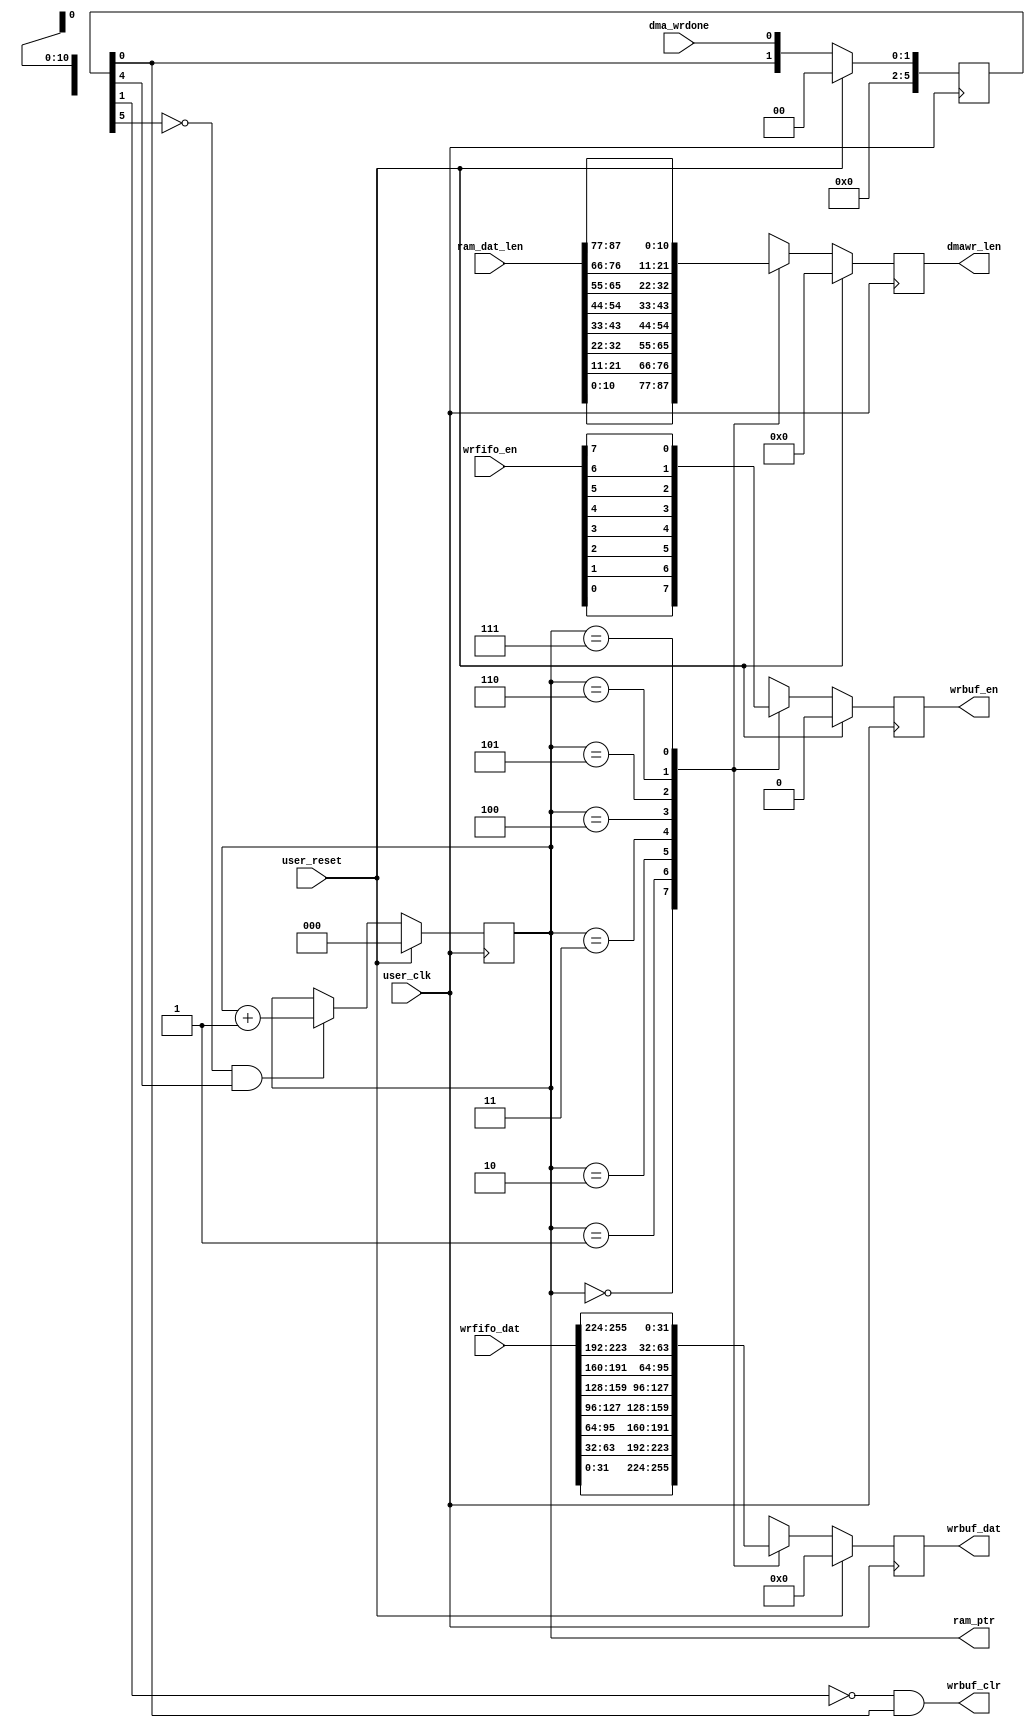
`timescale 1ns / 1ps

module sel_dat(
				input				    user_clk,
				input				    user_reset,
                
                input                   dma_wrdone,
                output reg [10:0]       dmawr_len,
                input [87:0]			ram_dat_len,
                
                input [255:0]           wrfifo_dat,
                input [7:0]             wrfifo_en,
                
                output                  wrbuf_clr,
                output reg              wrbuf_en,
                output reg[31:0]        wrbuf_dat,
                
                output  reg [2:0]       ram_ptr
                );


reg [5:0]       dma_wrdone_r;
wire            dma_wrdone_p;

always  @(posedge user_clk) begin
    if( user_reset == 1'b1 )
        dma_wrdone_r    <= 2'b0;
    else
        dma_wrdone_r    <= {dma_wrdone_r[0],dma_wrdone};
end

assign  wrbuf_clr    = ~dma_wrdone_r[1] & dma_wrdone_r[0];

assign  dma_wrdone_p = ~dma_wrdone_r[5] & dma_wrdone_r[4];

always  @(posedge user_clk) begin
    if( user_reset == 1'b1 )
        ram_ptr         <= 3'd0;
    else if( dma_wrdone_p == 1'b1 )    
        ram_ptr         <= ram_ptr + 1'b1;
    else
        ram_ptr         <= ram_ptr;
end 

always  @(posedge user_clk) begin
    if( user_reset == 1'b1 ) 
        wrbuf_en                <= 1'b0;
    else begin
        case( ram_ptr )
            3'd0 : wrbuf_en     <= wrfifo_en[0];
            3'd1 : wrbuf_en     <= wrfifo_en[1];
            3'd2 : wrbuf_en     <= wrfifo_en[2];
            3'd3 : wrbuf_en     <= wrfifo_en[3];
            3'd4 : wrbuf_en     <= wrfifo_en[4];
            3'd5 : wrbuf_en     <= wrfifo_en[5];
            3'd6 : wrbuf_en     <= wrfifo_en[6];
            3'd7 : wrbuf_en     <= wrfifo_en[7];
            default : wrbuf_en  <= 1'b0;
        endcase
    end
end    

always  @(posedge user_clk) begin
    if( user_reset == 1'b1 ) 
            dmawr_len            <= 11'd0;
    else begin
        case( ram_ptr )
            3'd0 : dmawr_len     <= ram_dat_len[0*11 + 10:0*11];
            3'd1 : dmawr_len     <= ram_dat_len[1*11 + 10:1*11];
            3'd2 : dmawr_len     <= ram_dat_len[2*11 + 10:2*11];
            3'd3 : dmawr_len     <= ram_dat_len[3*11 + 10:3*11];
            3'd4 : dmawr_len     <= ram_dat_len[4*11 + 10:4*11];
            3'd5 : dmawr_len     <= ram_dat_len[5*11 + 10:5*11];
            3'd6 : dmawr_len     <= ram_dat_len[6*11 + 10:6*11];
            3'd7 : dmawr_len     <= ram_dat_len[7*11 + 10:7*11];
            default : dmawr_len  <= 11'd0;
        endcase
    end
end


always  @(posedge user_clk) begin
    if( user_reset == 1'b1 ) 
        wrbuf_dat                <= 32'h0;
    else begin
        case( ram_ptr )
            3'd0 : wrbuf_dat     <= wrfifo_dat[31:0];
            3'd1 : wrbuf_dat     <= wrfifo_dat[63:32];
            3'd2 : wrbuf_dat     <= wrfifo_dat[95:64];
            3'd3 : wrbuf_dat     <= wrfifo_dat[127:96];
            3'd4 : wrbuf_dat     <= wrfifo_dat[159:128];
            3'd5 : wrbuf_dat     <= wrfifo_dat[191:160];
            3'd6 : wrbuf_dat     <= wrfifo_dat[223:192];
            3'd7 : wrbuf_dat     <= wrfifo_dat[255:224];
            default : wrbuf_dat  <= 32'h0;
        endcase
    end
end


endmodule